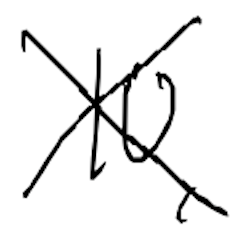
Text: 10,
Cross-out: cross
Writing tool: digital_black